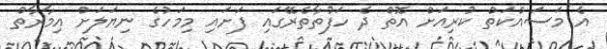
އެ މަސައްކަތް ކުރިއަށް އޮތް ދެ ހަފުތާތެރޭގައި ފަށައި މިމަހުގެ ނިޔަލަށް އިމާރާތް